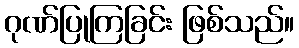
ဂုဏ်ပြုကြခြင်း ဖြစ်သည်။